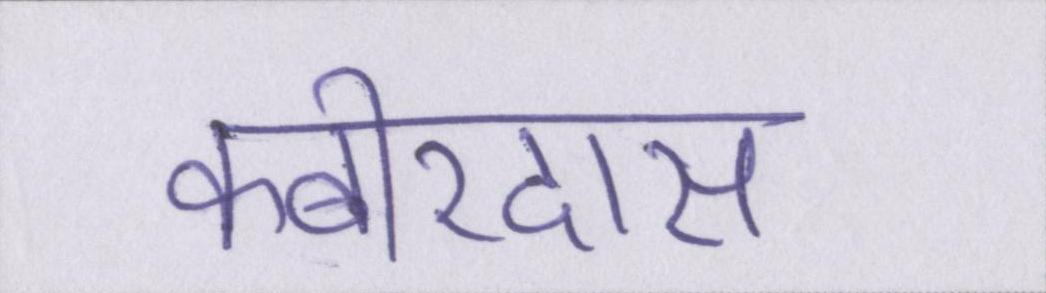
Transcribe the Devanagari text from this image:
कबीरदास